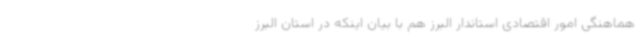
هماهنگی امور اقتصادی استاندار البرز هم با بیان اینکه در استان البرز